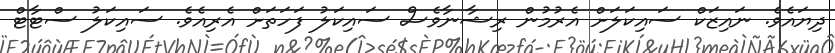
ދިޔައެވެ. ނައިޒަކް ސައިކަލަށް އެރުމުން ރިޝާނާވެސް ސައިކަލު ފަހަތަށް އެރިއެވެ. ސައިކަލު ސްޓާޓް